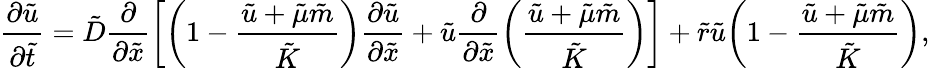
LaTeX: \frac{\partial\tilde{u}}{\partial\tilde{t}}=\tilde{D}\frac{\partial}{\partial\tilde{x}}\bigg[\bigg(1-\frac{\tilde{u}+\tilde{\mu}\tilde{m}}{\tilde{K}}\bigg)\frac{\partial\tilde{u}}{\partial\tilde{x}}+\tilde{u}\frac{\partial}{\partial\tilde{x}}\bigg(\frac{\tilde{u}+\tilde{\mu}\tilde{m}}{\tilde{K}}\bigg)\bigg]+\tilde{r}\tilde{u}\bigg(1-\frac{\tilde{u}+\tilde{\mu}\tilde{m}}{\tilde{K}}\bigg),